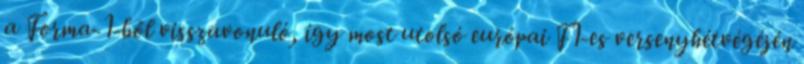
a Forma-1-ből visszavonuló, így most utolsó európai F1-es versenyhétvégéjén